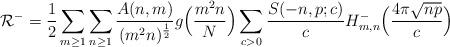
LaTeX: \begin{align*}\mathcal{R}^- = \frac{1}{2} \sum_{m \geq 1} \sum_{n \geq 1} \frac{A(n, m)}{(m^2 n)^{\frac{1}{2}}} g\Bigl( \frac{m^2 n}{N} \Bigr) \sum_{c > 0} \frac{S(-n, p; c)}{c} H_{m, n}^- \Bigl ( \frac{4 \pi \sqrt{n p}}{c} \Bigr )\end{align*}